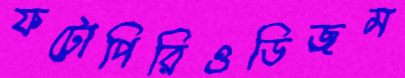
ফটোপিরিওডিজম